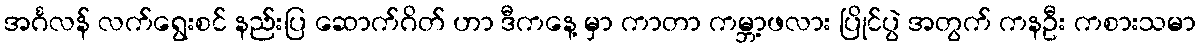
အင်္ဂလန် လက်ရွေးစင် နည်းပြ ဆောက်ဂိတ် ဟာ ဒီကနေ့ မှာ ကာတာ ကမ္ဘာ့ဖလား ပြိုင်ပွဲ အတွက် ကနဦး ကစားသမာ